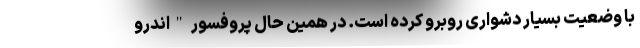
با وضعیت بسیار دشواری روبرو کرده است. در همین حال پروفسور "اندرو